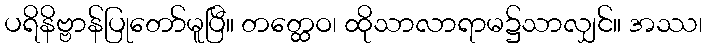
ပရိနိဗ္ဗာန်ပြုတော်မူပြီ။ တတ္ထေဝ၊ ထိုသာလာရာမ၌သာလျှင်။ အဿ၊